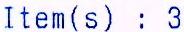
ITEM(S) : 3